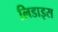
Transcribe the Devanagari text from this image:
लिडाइस